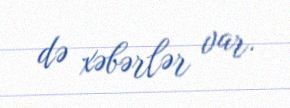
də xəbərlər var.